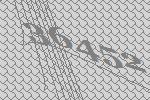
36452